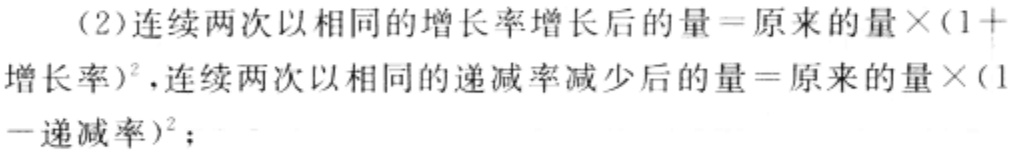
（2）连续两次以相同的增长率增长后的量=原来的量×(1＋增长率)<sup>2</sup>，连续两次以相同的递减率减少后的量=原来的量×(1－递减率)<sup>2</sup>；